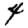
Digit: 4